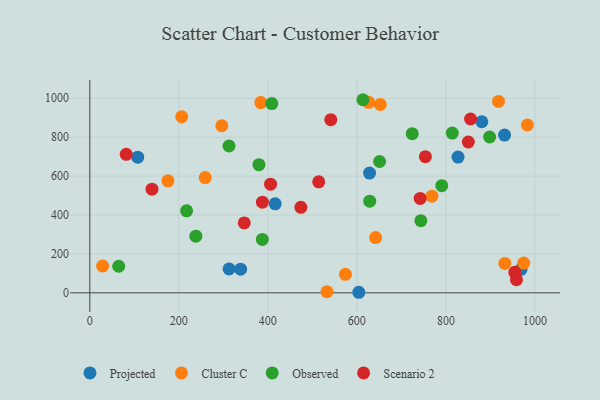
{"axis": {"x": "Price", "y": "Profit"}, "legend": ["Cluster C", "Observed", "Projected", "Scenario 2"], "data": [{"x": "968.9", "y": 120.8, "type": "Projected"}, {"x": "338.8", "y": 121.7, "type": "Projected"}, {"x": "628.5", "y": 615.5, "type": "Projected"}, {"x": "604.4", "y": 2.8, "type": "Projected"}, {"x": "416.5", "y": 457.2, "type": "Projected"}, {"x": "931.8", "y": 810.7, "type": "Projected"}, {"x": "312.9", "y": 122.6, "type": "Projected"}, {"x": "880.7", "y": 879.3, "type": "Projected"}, {"x": "107.6", "y": 697.2, "type": "Projected"}, {"x": "827.3", "y": 697.5, "type": "Projected"}, {"x": "918.2", "y": 983.7, "type": "Cluster C"}, {"x": "983.1", "y": 862.6, "type": "Cluster C"}, {"x": "642.1", "y": 283.8, "type": "Cluster C"}, {"x": "532.8", "y": 5.5, "type": "Cluster C"}, {"x": "574.3", "y": 95.2, "type": "Cluster C"}, {"x": "932.4", "y": 151.0, "type": "Cluster C"}, {"x": "175.6", "y": 575.6, "type": "Cluster C"}, {"x": "384.3", "y": 977.9, "type": "Cluster C"}, {"x": "652.7", "y": 967.9, "type": "Cluster C"}, {"x": "768.5", "y": 496.9, "type": "Cluster C"}, {"x": "626.5", "y": 979.1, "type": "Cluster C"}, {"x": "974.9", "y": 153.1, "type": "Cluster C"}, {"x": "28.8", "y": 137.9, "type": "Cluster C"}, {"x": "259.3", "y": 592.5, "type": "Cluster C"}, {"x": "206.5", "y": 905.1, "type": "Cluster C"}, {"x": "296.6", "y": 858.8, "type": "Cluster C"}, {"x": "387.6", "y": 274.3, "type": "Observed"}, {"x": "743.8", "y": 370.9, "type": "Observed"}, {"x": "651.1", "y": 675.0, "type": "Observed"}, {"x": "238.3", "y": 291.1, "type": "Observed"}, {"x": "724.4", "y": 817.8, "type": "Observed"}, {"x": "613.6", "y": 992.5, "type": "Observed"}, {"x": "65.0", "y": 136.5, "type": "Observed"}, {"x": "628.9", "y": 471.2, "type": "Observed"}, {"x": "312.8", "y": 754.6, "type": "Observed"}, {"x": "217.5", "y": 421.3, "type": "Observed"}, {"x": "898.3", "y": 800.8, "type": "Observed"}, {"x": "379.9", "y": 658.7, "type": "Observed"}, {"x": "790.7", "y": 550.6, "type": "Observed"}, {"x": "408.9", "y": 972.5, "type": "Observed"}, {"x": "814.4", "y": 821.2, "type": "Observed"}, {"x": "347.0", "y": 359.0, "type": "Scenario 2"}, {"x": "855.5", "y": 893.4, "type": "Scenario 2"}, {"x": "541.4", "y": 890.0, "type": "Scenario 2"}, {"x": "958.6", "y": 67.4, "type": "Scenario 2"}, {"x": "954.9", "y": 105.5, "type": "Scenario 2"}, {"x": "754.0", "y": 699.9, "type": "Scenario 2"}, {"x": "81.8", "y": 712.1, "type": "Scenario 2"}, {"x": "514.3", "y": 570.7, "type": "Scenario 2"}, {"x": "406.1", "y": 558.3, "type": "Scenario 2"}, {"x": "474.2", "y": 439.5, "type": "Scenario 2"}, {"x": "742.2", "y": 485.4, "type": "Scenario 2"}, {"x": "387.8", "y": 466.0, "type": "Scenario 2"}, {"x": "139.7", "y": 532.8, "type": "Scenario 2"}, {"x": "850.4", "y": 775.1, "type": "Scenario 2"}]}